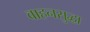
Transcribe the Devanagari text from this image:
वाहनसुद्धा